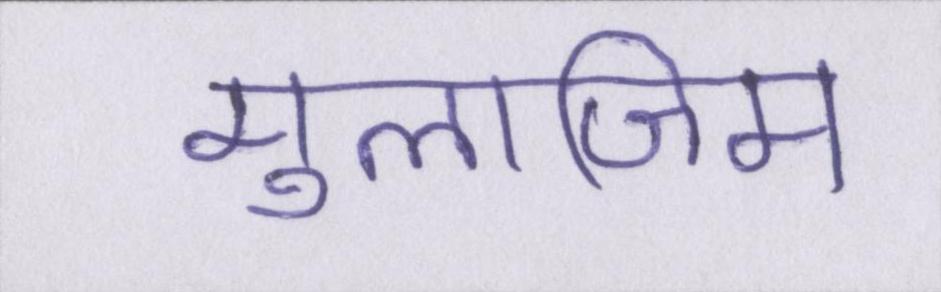
मुलाजिम